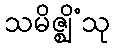
သမိဇ္ဈိံသု